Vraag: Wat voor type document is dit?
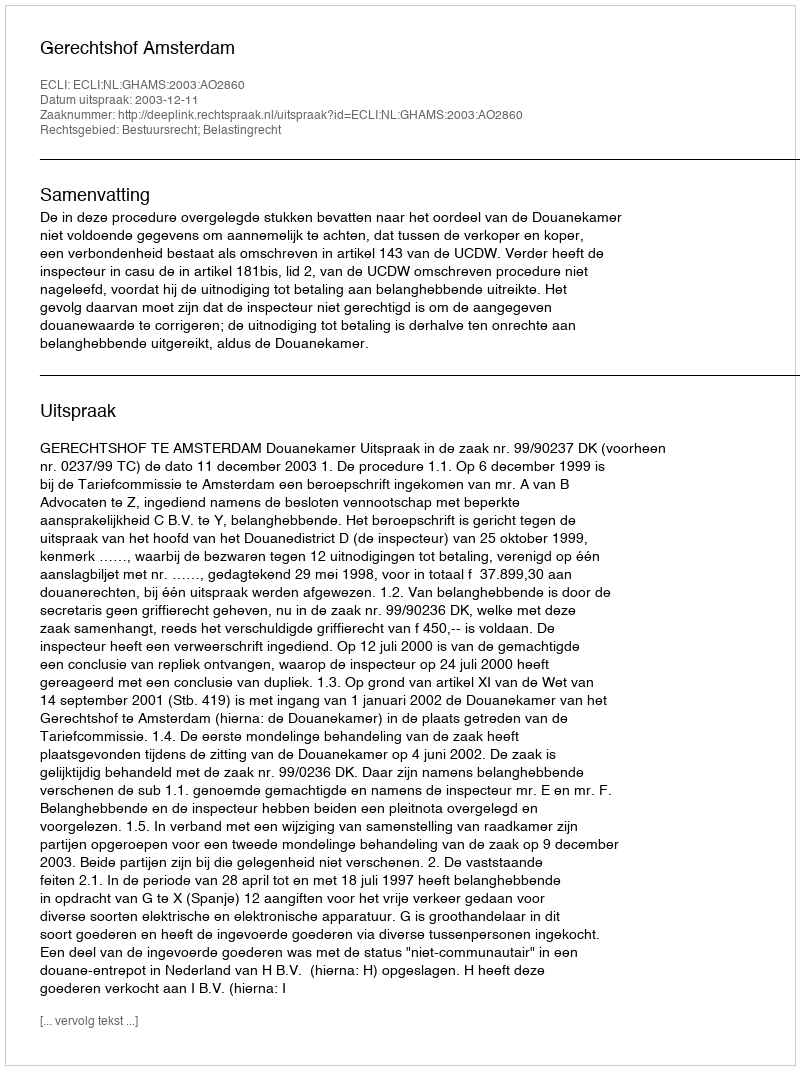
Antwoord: Uitspraak